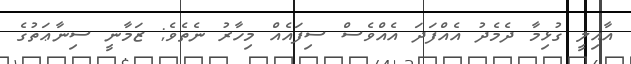
އާއިލީ ގުޅިމާ ދެމެދު އެއްފަދަ އެއްވެސް ސިފައެއް މިހާރު ނެތެވެ; ޒަމާނީ ސިނާޢަތުގެ